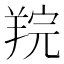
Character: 羦